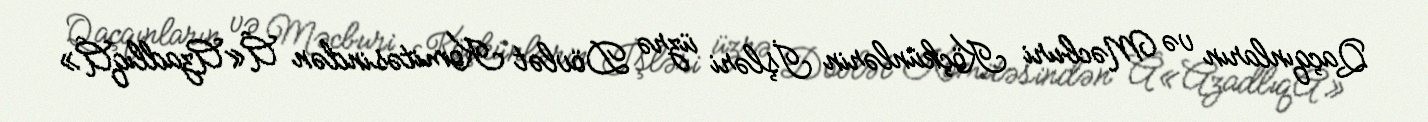
Qaçqınların və Məcburi Köçkünlərin İşləri üzrə Dövlət Komitəsindən Â«AzadlıqÂ»